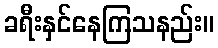
ခရီးနှင်နေကြသနည်း။